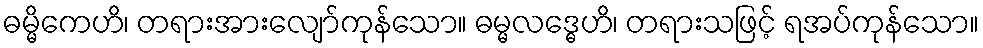
ဓမ္မိကေဟိ၊ တရားအားလျော်ကုန်သော။ ဓမ္မလဒ္ဓေဟိ၊ တရားသဖြင့် ရအပ်ကုန်သော။